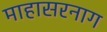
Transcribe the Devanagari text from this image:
माहासरनाग